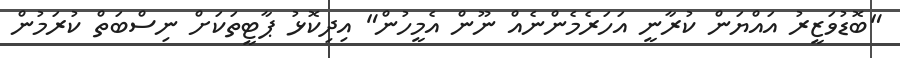
"ބޮޑުވަޒީރު އައްޔަން ކުރާނީ އަހަރެމެންނެއް ނޫން އެމީހުން" އިދިކޮޅު ޕާޓީތަކަށް ނިސްބަތް ކުރަމުން